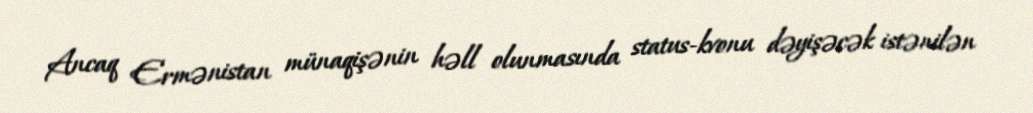
Ancaq Ermənistan münaqişənin həll olunmasında status-kvonu dəyişəcək istənilən